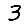
Digit: 3